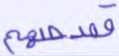
قصصهم